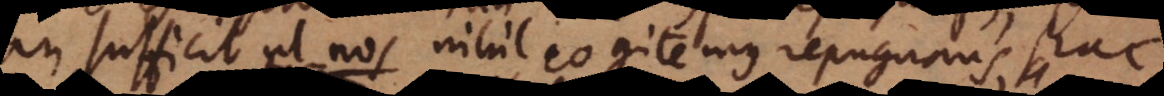
em sufficit ut nos nihil cogitemus repugnans, hac